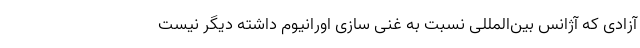
آزادی که آژانس بین‌المللی نسبت به غنی سازی اورانیوم داشته دیگر نیست